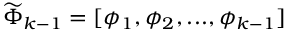
\widetilde { \Phi } _ { k - 1 } = [ \phi _ { 1 } , \phi _ { 2 } , . . . , \phi _ { k - 1 } ]